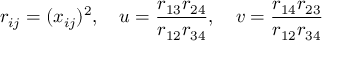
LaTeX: r _ { i j } = ( x _ { i j } ) ^ { 2 } , \quad u = \frac { r _ { 1 3 } r _ { 2 4 } } { r _ { 1 2 } r _ { 3 4 } } , \quad v = \frac { r _ { 1 4 } r _ { 2 3 } } { r _ { 1 2 } r _ { 3 4 } }